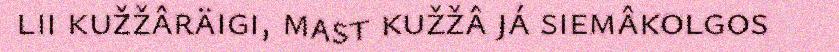
lii kužžâräigi, mast kužžâ já siemâkolgos